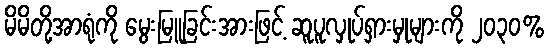
မိမိတို့အာရုံကို မွေးမြူခြင်းအားဖြင့် ဆူပူလှုပ်ရှားမှုများကို ၂၀၃၀%